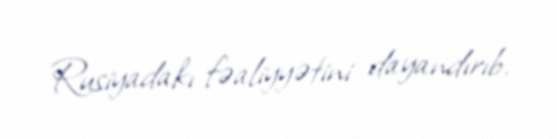
Rusiyadakı fəaliyyətini dayandırıb.